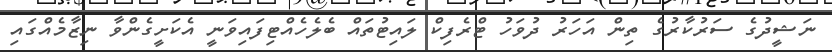
ނަޝީދުގެ ސަރުކާރުގެ ތިން އަހަރު ދުވަހު ޓްރެފިކް ލައިޓުތައް ބެލެހެއްޓިފައިވަނީ އެކަށީގެންވާ ނިޒާމެއްގައި